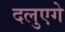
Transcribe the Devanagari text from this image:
दलुएगे